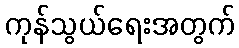
ကုန်သွယ်ရေးအတွက်